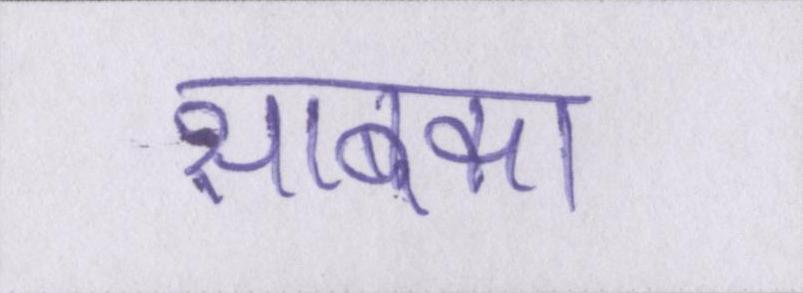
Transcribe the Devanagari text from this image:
साबका